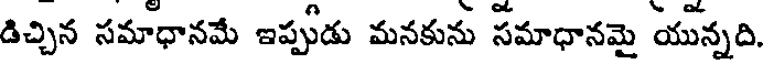
డిచ్చిన సమాధానమే ఇప్పుడు మనకును సమాధానమై యున్నది.